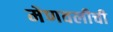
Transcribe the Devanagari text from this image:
मेणवलीची